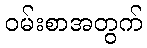
ဝမ်းစာအတွက်